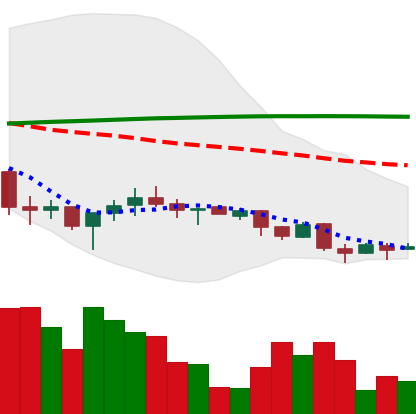
Ticker: XMR-USD
Chart end date: 2018-04-02
Forward return: -4.159%
Label: down_3_5